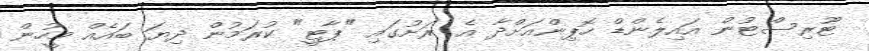
ޓޫރިސްޓުން އައިލެންޑް ހޮޕިންއަށްދާ އެ ރަށުގައި "ޕާޓީ" ކުރަމުން ދިޔަ ބައެއް މީހުން